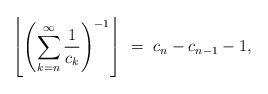
LaTeX: \begin{align*}\left\lfloor\left(\sum_{k = n}^{\infty} \frac{1}{c_{k}}\right)^{-1}\right\rfloor \ = \ c_n-c_{n-1}-1,\end{align*}